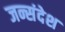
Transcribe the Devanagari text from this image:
जन्संदेश